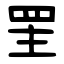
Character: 罜